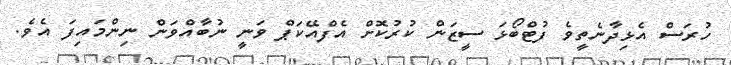
ހުރަސް އެޅިދާނެތީވެ ފުޓްބޯޅަ ސީޒަން ކުރުކޮށް އެފްއޭކަޕް ވަނީ ނުބާއްވަން ނިންމައިފަ އެވެ.